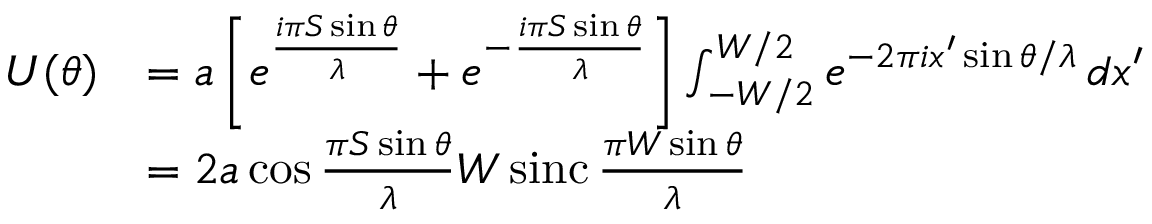
{ \begin{array} { r l } { U ( \theta ) } & { = a \left[ e ^ { \frac { i \pi S \sin \theta } { \lambda } } + e ^ { - { \frac { i \pi S \sin \theta } { \lambda } } } \right] \int _ { - W / 2 } ^ { W / 2 } e ^ { { - 2 \pi i x ^ { \prime } \sin \theta } / \lambda } \, d x ^ { \prime } } \\ & { = 2 a \cos { \frac { \pi S \sin \theta } { \lambda } } W \operatorname { s i n c } { \frac { \pi W \sin \theta } { \lambda } } } \end{array} }